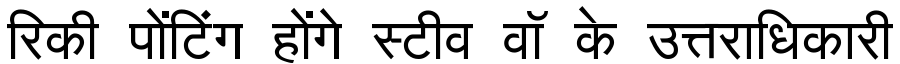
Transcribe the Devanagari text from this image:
रिकी पोंटिंग होंगे स्टीव वॉ के उत्तराधिकारी